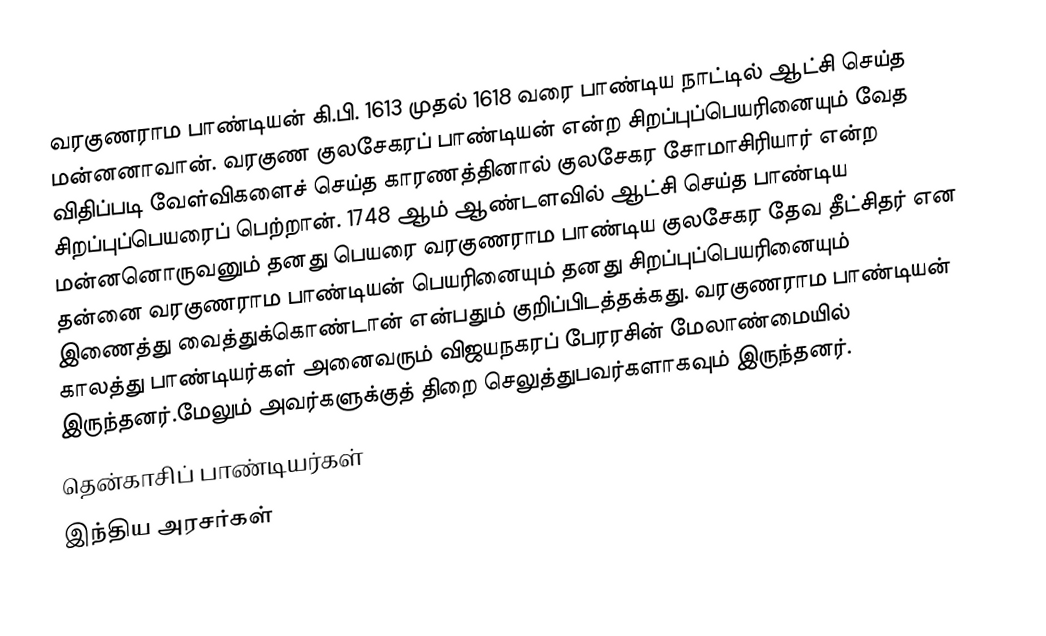
வரகுணராம பாண்டியன் கி.பி. 1613 முதல் 1618 வரை பாண்டிய நாட்டில் ஆட்சி செய்த மன்னனாவான். வரகுண குலசேகரப் பாண்டியன் என்ற சிறப்புப்பெயரினையும் வேத விதிப்படி வேள்விகளைச் செய்த காரணத்தினால் குலசேகர சோமாசிரியார் என்ற சிறப்புப்பெயரைப் பெற்றான்.  1748 ஆம் ஆண்டளவில் ஆட்சி செய்த பாண்டிய மன்னனொருவனும் தனது பெயரை வரகுணராம பாண்டிய குலசேகர தேவ தீட்சிதர் என தன்னை வரகுணராம பாண்டியன் பெயரினையும் தனது சிறப்புப்பெயரினையும் இணைத்து வைத்துக்கொண்டான் என்பதும் குறிப்பிடத்தக்கது. வரகுணராம பாண்டியன் காலத்து பாண்டியர்கள் அனைவரும் விஜயநகரப் பேரரசின் மேலாண்மையில் இருந்தனர்.மேலும் அவர்களுக்குத் திறை செலுத்துபவர்களாகவும் இருந்தனர்.
தென்காசிப் பாண்டியர்கள்
இந்திய அரசர்கள்